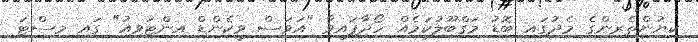
ކިޔުންތެރިންގެ މެދުގައި ބޮޑު މަގްބޫލުކަމެއް ހޯދާފައިވާ "އަވަސް ވީކެންޑް އިންޓަވިއު" ގައި މިސްޓަ